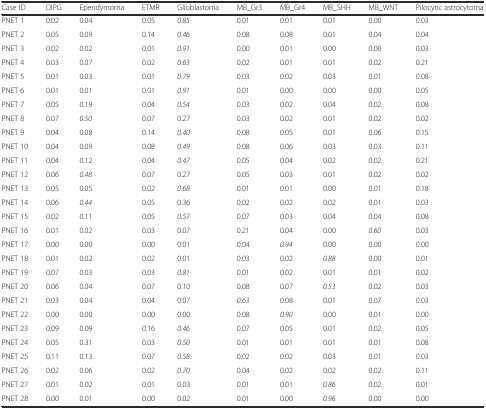
<table><thead><tr><td><b>Case ID</b></td><td><b>DIPG</b></td><td><b>Ependymoma</b></td><td><b>ETMR</b></td><td><b>Glioblastoma</b></td><td><b>MB_Gr3</b></td><td><b>MB_Gr4</b></td><td><b>MB_SHH</b></td><td><b>MB_WNT</b></td><td><b>Pilocytic astrocytoma</b></td></tr></thead><tbody><tr><td>PNET 1</td><td>0.02</td><td>0.04</td><td>0.05</td><td><i>0.85</i></td><td>0.01</td><td>0.01</td><td>0.01</td><td>0.00</td><td>0.03</td></tr><tr><td>PNET 2</td><td>0.05</td><td>0.09</td><td>0.14</td><td><i>0.46</i></td><td>0.08</td><td>0.08</td><td>0.01</td><td>0.04</td><td>0.04</td></tr><tr><td>PNET 3</td><td>0.02</td><td>0.02</td><td>0.01</td><td><i>0.91</i></td><td>0.00</td><td>0.01</td><td>0.00</td><td>0.00</td><td>0.03</td></tr><tr><td>PNET 4</td><td>0.03</td><td>0.07</td><td>0.02</td><td><i>0.63</i></td><td>0.02</td><td>0.01</td><td>0.01</td><td>0.02</td><td>0.21</td></tr><tr><td>PNET 5</td><td>0.01</td><td>0.03</td><td>0.01</td><td><i>0.79</i></td><td>0.03</td><td>0.02</td><td>0.03</td><td>0.01</td><td>0.08</td></tr><tr><td>PNET 6</td><td>0.01</td><td>0.01</td><td>0.01</td><td><i>0.91</i></td><td>0.01</td><td>0.00</td><td>0.00</td><td>0.00</td><td>0.05</td></tr><tr><td>PNET 7</td><td>0.05</td><td>0.19</td><td>0.04</td><td><i>0.54</i></td><td>0.03</td><td>0.02</td><td>0.04</td><td>0.02</td><td>0.08</td></tr><tr><td>PNET 8</td><td>0.07</td><td><i>0.50</i></td><td>0.07</td><td>0.27</td><td>0.03</td><td>0.02</td><td>0.01</td><td>0.02</td><td>0.02</td></tr><tr><td>PNET 9</td><td>0.04</td><td>0.08</td><td>0.14</td><td><i>0.40</i></td><td>0.08</td><td>0.05</td><td>0.01</td><td>0.06</td><td>0.15</td></tr><tr><td>PNET 10</td><td>0.04</td><td>0.09</td><td>0.08</td><td><i>0.49</i></td><td>0.08</td><td>0.06</td><td>0.03</td><td>0.03</td><td>0.11</td></tr><tr><td>PNET 11</td><td>0.04</td><td>0.12</td><td>0.04</td><td><i>0.47</i></td><td>0.05</td><td>0.04</td><td>0.02</td><td>0.02</td><td>0.21</td></tr><tr><td>PNET 12</td><td>0.06</td><td><i>0.48</i></td><td>0.07</td><td>0.27</td><td>0.05</td><td>0.03</td><td>0.01</td><td>0.02</td><td>0.02</td></tr><tr><td>PNET 13</td><td>0.05</td><td>0.05</td><td>0.02</td><td><i>0.68</i></td><td>0.01</td><td>0.01</td><td>0.00</td><td>0.01</td><td>0.18</td></tr><tr><td>PNET 14</td><td>0.06</td><td><i>0.44</i></td><td>0.05</td><td>0.36</td><td>0.02</td><td>0.02</td><td>0.02</td><td>0.01</td><td>0.03</td></tr><tr><td>PNET 15</td><td>0.02</td><td>0.11</td><td>0.05</td><td><i>0.57</i></td><td>0.07</td><td>0.03</td><td>0.04</td><td>0.04</td><td>0.08</td></tr><tr><td>PNET 16</td><td>0.01</td><td>0.02</td><td>0.03</td><td>0.07</td><td>0.21</td><td>0.04</td><td>0.00</td><td><i>0.60</i></td><td>0.03</td></tr><tr><td>PNET 17</td><td>0.00</td><td>0.00</td><td>0.00</td><td>0.01</td><td>0.04</td><td><i>0.94</i></td><td>0.00</td><td>0.00</td><td>0.00</td></tr><tr><td>PNET 18</td><td>0.01</td><td>0.02</td><td>0.02</td><td>0.01</td><td>0.03</td><td>0.02</td><td><i>0.88</i></td><td>0.00</td><td>0.01</td></tr><tr><td>PNET 19</td><td>0.07</td><td>0.03</td><td>0.03</td><td><i>0.81</i></td><td>0.01</td><td>0.02</td><td>0.01</td><td>0.01</td><td>0.02</td></tr><tr><td>PNET 20</td><td>0.06</td><td>0.04</td><td>0.07</td><td>0.10</td><td>0.08</td><td>0.07</td><td><i>0.53</i></td><td>0.02</td><td>0.03</td></tr><tr><td>PNET 21</td><td>0.03</td><td>0.04</td><td>0.04</td><td>0.07</td><td><i>0.63</i></td><td>0.08</td><td>0.01</td><td>0.07</td><td>0.03</td></tr><tr><td>PNET 22</td><td>0.00</td><td>0.00</td><td>0.00</td><td>0.00</td><td>0.08</td><td><i>0.90</i></td><td>0.00</td><td>0.01</td><td>0.00</td></tr><tr><td>PNET 23</td><td>0.09</td><td>0.09</td><td>0.16</td><td><i>0.46</i></td><td>0.07</td><td>0.05</td><td>0.01</td><td>0.02</td><td>0.05</td></tr><tr><td>PNET 24</td><td>0.05</td><td>0.31</td><td>0.03</td><td><i>0.50</i></td><td>0.01</td><td>0.01</td><td>0.01</td><td>0.01</td><td>0.08</td></tr><tr><td>PNET 25</td><td>0.11</td><td>0.13</td><td>0.07</td><td><i>0.58</i></td><td>0.02</td><td>0.02</td><td>0.03</td><td>0.01</td><td>0.03</td></tr><tr><td>PNET 26</td><td>0.02</td><td>0.06</td><td>0.02</td><td><i>0.70</i></td><td>0.04</td><td>0.02</td><td>0.02</td><td>0.02</td><td>0.11</td></tr><tr><td>PNET 27</td><td>0.01</td><td>0.02</td><td>0.01</td><td>0.03</td><td>0.01</td><td>0.01</td><td><i>0.86</i></td><td>0.02</td><td>0.01</td></tr><tr><td>PNET 28</td><td>0.00</td><td>0.01</td><td>0.00</td><td>0.02</td><td>0.01</td><td>0.00</td><td><i>0.96</i></td><td>0.00</td><td>0.00</td></tr></tbody></table>